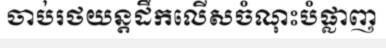
ចាប់រថយន្តដឹកលើសចំណុះបំផ្លាញ